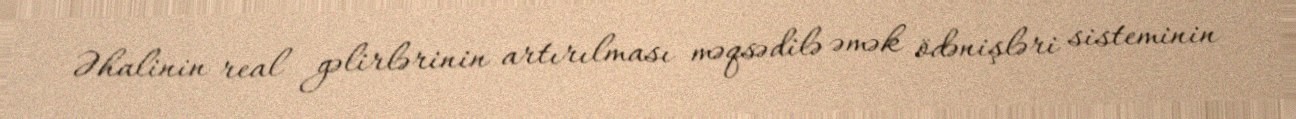
Əhalinin real gəlirlərinin artırılması məqsədilə əmək ödənişləri sisteminin